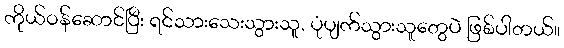
ကိုယ်ဝန်ဆောင်ပြီး ရင်သားသေးသွားသူ, ပုံပျက်သွားသူတွေပဲ ဖြစ်ပါတယ်။